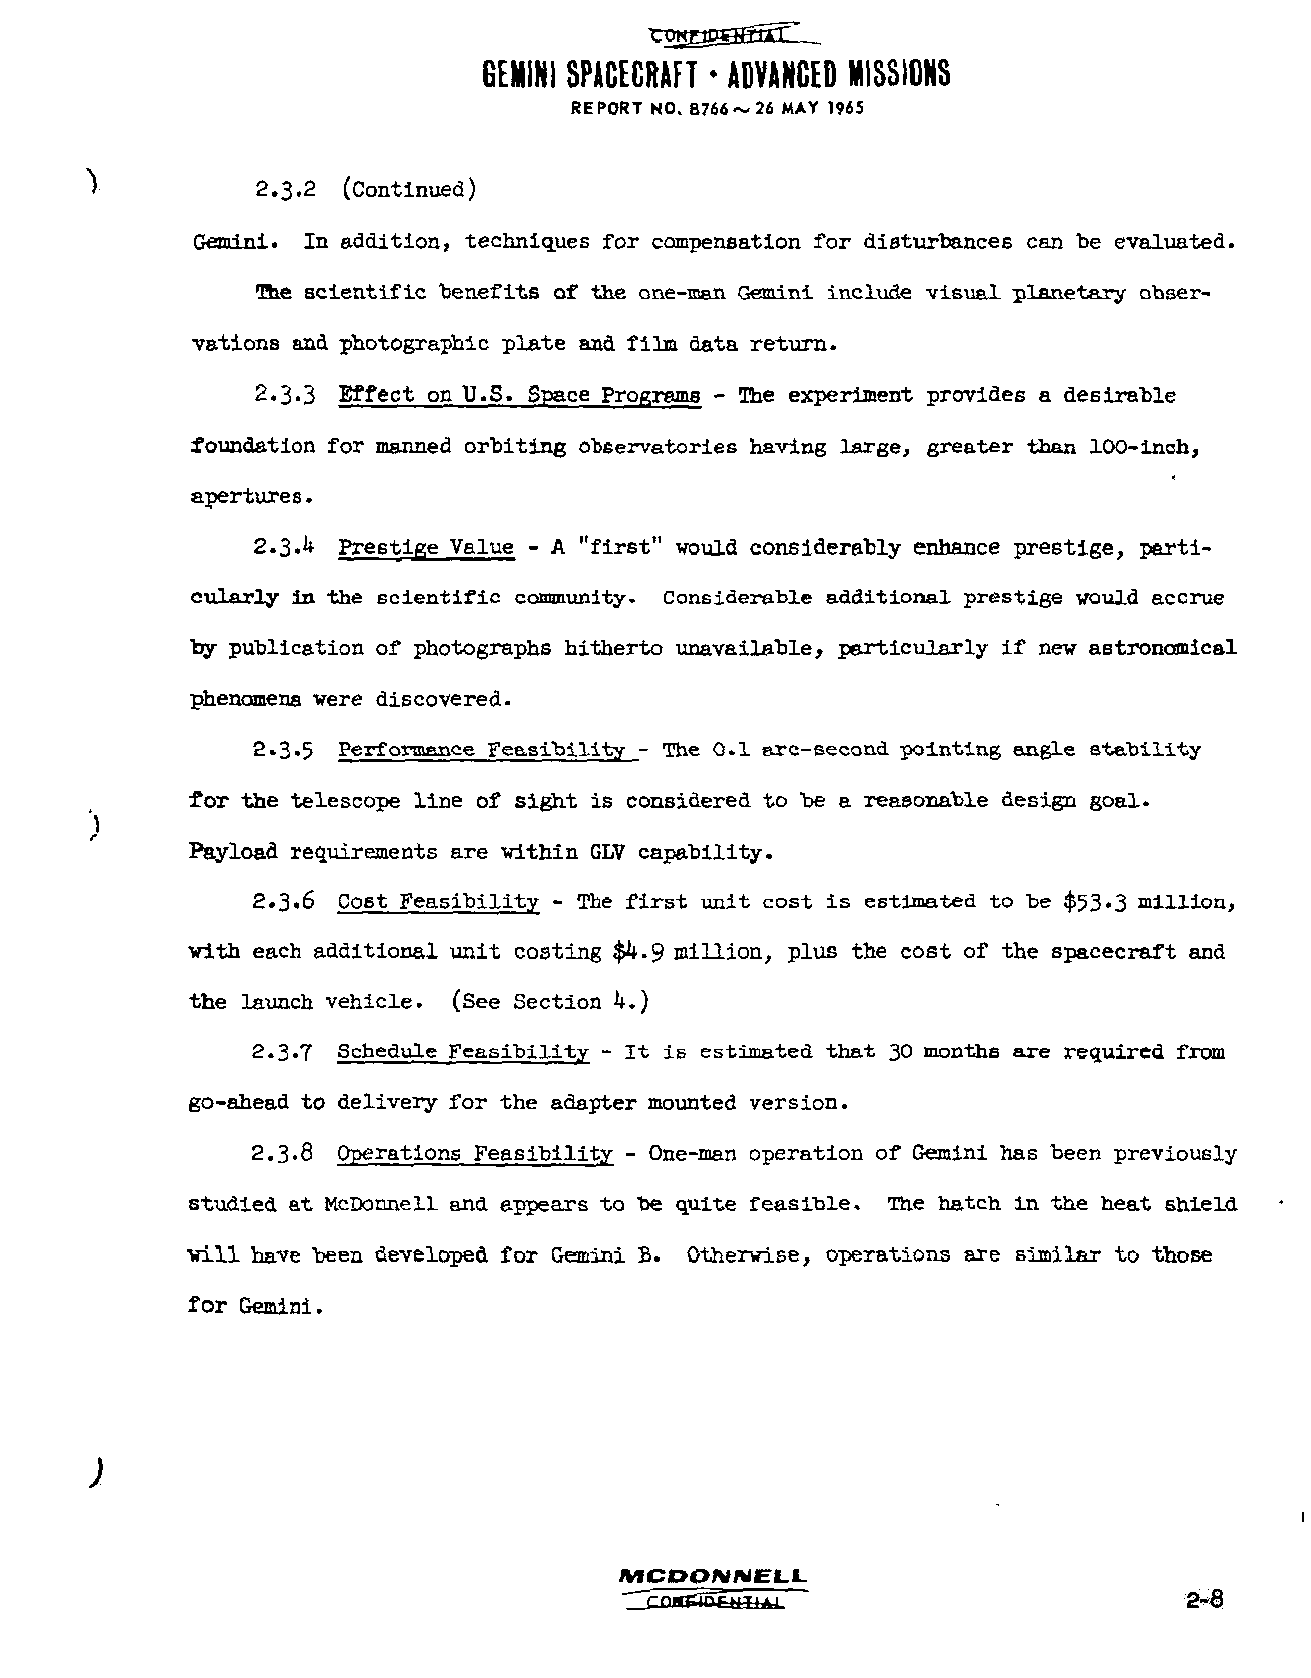
GEMINI SPACECRAFT * ADVANCED MISSIONS
 REPORT NO. B766~ 26 MAY 1965
 }          2.3.2 (Continued)
 Gemini. In addition, techniques for compensation for disturbances can be evaluated.
 The scientific benefits of the one-man Gemini include visual planetary obser
 vations and photographic plate and film data return.
 2.3-3 Effect on U.S. Space Programs - The experiment provides a desirable
 foundation for manned orbiting observatories having large, greater than 100-inch,
 apertures.
 2.3.I+ Prestige Value - A "first" would considerably enhance prestige, parti
 cularly in the scientific community. Considerable additional prestige would accrue
 by publication of photographs hitherto unavailable, particularly if new astronomical
 phenomena were discovered.
 2.3.5 Performance Feasibility - The 0.1 arc-second pointing angle stability
 for the telescope line of sight is considered to be a reasonable design goal.
 )
 r
 Payload requirements are within GLV capability.
 2.3.6 Cost Feasibility - The first unit cost is estimated to be $53-3 million,
 with each additional unit costing $4.9 million, plus the cost of the spacecraft and
 the launch vehicle. (See Section k.)
 2.3.7 Schedule Feasibility - It is estimated that 30 months are required from
 go-ahead to delivery for the adapter mounted version.
 2.3-8 Operations Feasibility - One-man operation of Gemini has been previously
 studied at McDonnell and eppears to be quite feasible. The hatch in the heat shield
 will have been developed for Gemini B. Otherwise, operations are similar to those
 for Gemini.
 )
 MCDONNELL.
 "HCQJ*Si&&«£fcAJ-                    2-8